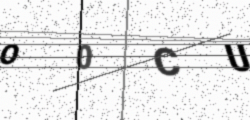
Text: O0CU